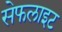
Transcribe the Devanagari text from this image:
सेफलाइट